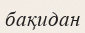
бақидан